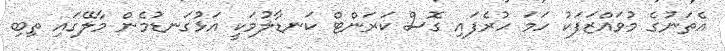
އެތަނުގެ މުވައްޒަފަކު ހަމަ ހުރެފައި ގޮސް ކަރަންޓް ކަނޑާލުމަކީ އަޅުގަނޑުމެން މާލޭގައި ތިބި